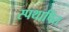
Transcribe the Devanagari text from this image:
स्पथापित